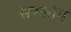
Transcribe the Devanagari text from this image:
सरकोव